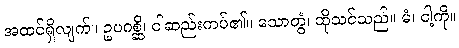
အထင်ရှိလျက်။ ဥပဂစ္ဆိ၊ ငါဆည်းကပ်၏။ သောတွံ၊ ထိုသင်သည်။ မံ၊ ငါ့ကို။